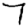
Digit: 7